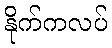
နိုက်ကလပ်